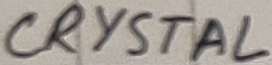
Text: CRYSTAL